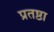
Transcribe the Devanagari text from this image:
प्रतष्ठा